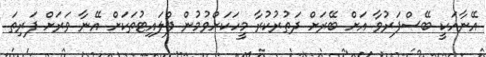
އޭނާއަކީ ބޭސްފަރުވާ އަށް ބޭރަށް ދަތުރުކުރާ މީހަކަށްވުމުން ފްލައިޓުތަކަށް އޭނާ ވަރަށް ފަރިތަ